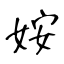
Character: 姲